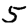
Digit: 5